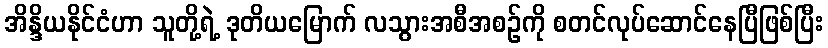
အိန္ဒိယနိုင်ငံဟာ သူတို့ရဲ့ ဒုတိယမြောက် လသွားအစီအစဉ်ကို စတင်လုပ်ဆောင်နေပြီဖြစ်ပြီး